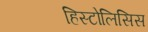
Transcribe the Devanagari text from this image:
हिस्टोलिसिस